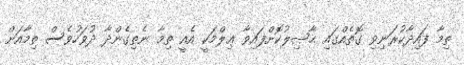
ތިމާ ފައިދާކުރަނިވި ގޮތެއްގައި ޙާޞިލުކޮށްފައިވާ ޢިލްމަކީ އެއީ ތިމާ ނެތިގެންދާ ދުވަހުވެސް ތިމާއަށް